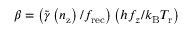
\beta = \left( \widetilde { \gamma } \left( n _ { \mathrm { z } } \right) / f _ { \mathrm { r e c } } \right) \left( h f _ { z } / k _ { \mathrm { B } } T _ { \mathrm { r } } \right)